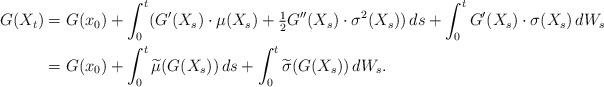
LaTeX: \begin{align*}G(X_t)&=G(x_0)+\int_0^t(G'(X_s)\cdot \mu(X_s)+\tfrac{1}{2}G''(X_s)\cdot\sigma^2(X_s))\,ds+\int_0^t G'(X_s)\cdot\sigma(X_s)\,dW_s\\&=G(x_0)+\int_0^t \widetilde\mu(G(X_s))\,ds +\int_0^t \widetilde\sigma(G(X_s))\,dW_s.\end{align*}